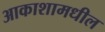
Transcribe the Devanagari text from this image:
आकाशामधील